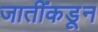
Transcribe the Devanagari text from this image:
जातींकडून